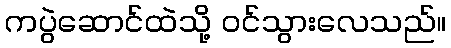
ကပွဲဆောင်ထဲသို့ ဝင်သွားလေသည်။